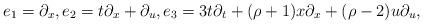
LaTeX: \begin{align*} e_1=\partial_x,e_2=t\partial_x+\partial_u,e_3=3t\partial_t+(\rho+1)x\partial_x+(\rho-2)u\partial_u,\end{align*}